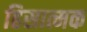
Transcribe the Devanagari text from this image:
हिसात्मक